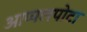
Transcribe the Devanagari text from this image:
आप्पलपोटा